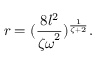
r = ( { \frac { 8 l ^ { 2 } } { { \zeta \omega } ^ { 2 } } } ) ^ { \frac { 1 } { \zeta + 2 } } . \nonumber